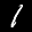
Label: 1